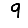
Digit: 9